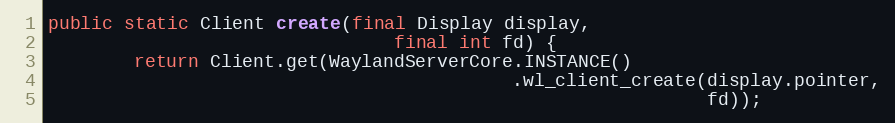
Language: Java
public static Client create(final Display display,
                                final int fd) {
        return Client.get(WaylandServerCore.INSTANCE()
                                           .wl_client_create(display.pointer,
                                                             fd));